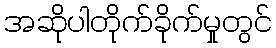
အဆိုပါတိုက်ခိုက်မှုတွင်